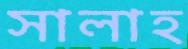
সালাহ